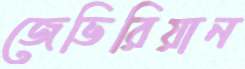
জেভিরিয়ান